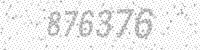
Solution: 876376